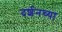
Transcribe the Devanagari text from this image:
दर्शनच्या